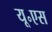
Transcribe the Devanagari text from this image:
यू॰एस